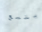
يتسع